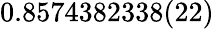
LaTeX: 0.8574382338(22)